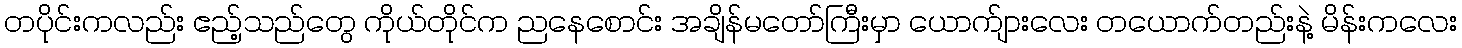
တပိုင်းကလည်း ဧည့်သည်တွေ ကိုယ်တိုင်က ညနေစောင်း အချိန်မတော်ကြီးမှာ ယောက်ျားလေး တယောက်တည်းနဲ့ မိန်းကလေး